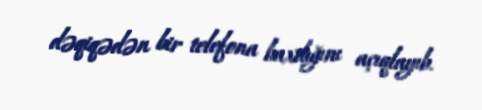
dəqiqədən bir telefona baxdığını açıqlayıb.